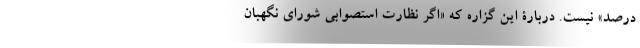
درصد» نیست. دربارۀ این گزاره که «اگر نظارت استصوابی شورای نگهبان